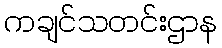
ကချင်သတင်းဌာန